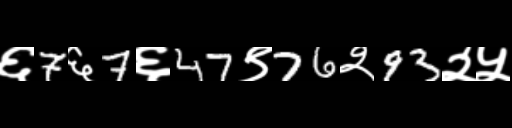
Text: ६7६7६47९76२93२५